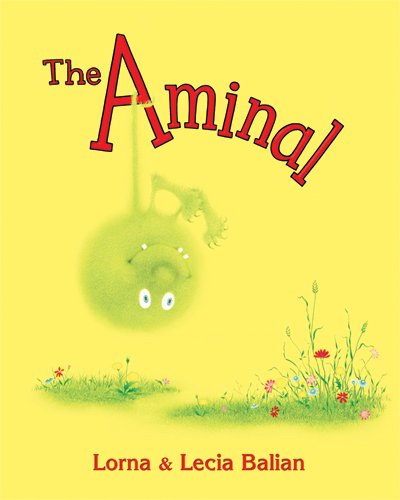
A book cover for The Aminal; Lorna & Lecia Balian; Children's Books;